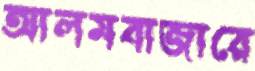
আলমবাজারে